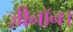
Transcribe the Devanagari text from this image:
ज़ीनॉन।